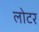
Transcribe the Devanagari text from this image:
लोटर